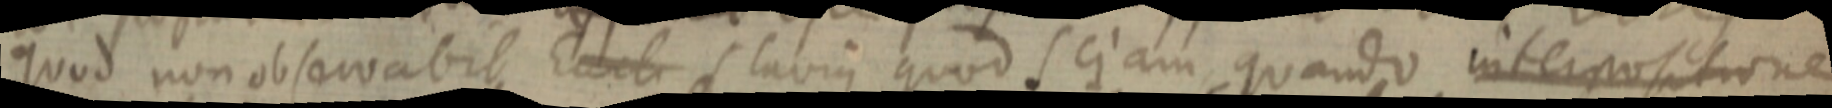
quod non observabit Eucli labius quod scjam, quando interpositione